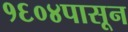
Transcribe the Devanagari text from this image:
१६०४पासून